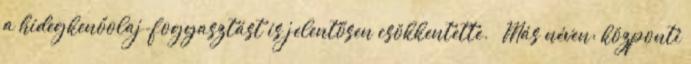
a hidegkenőolaj-fogyasztást is jelentősen csökkentette. ↑ Más néven: központi